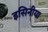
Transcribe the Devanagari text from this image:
इसिनीया